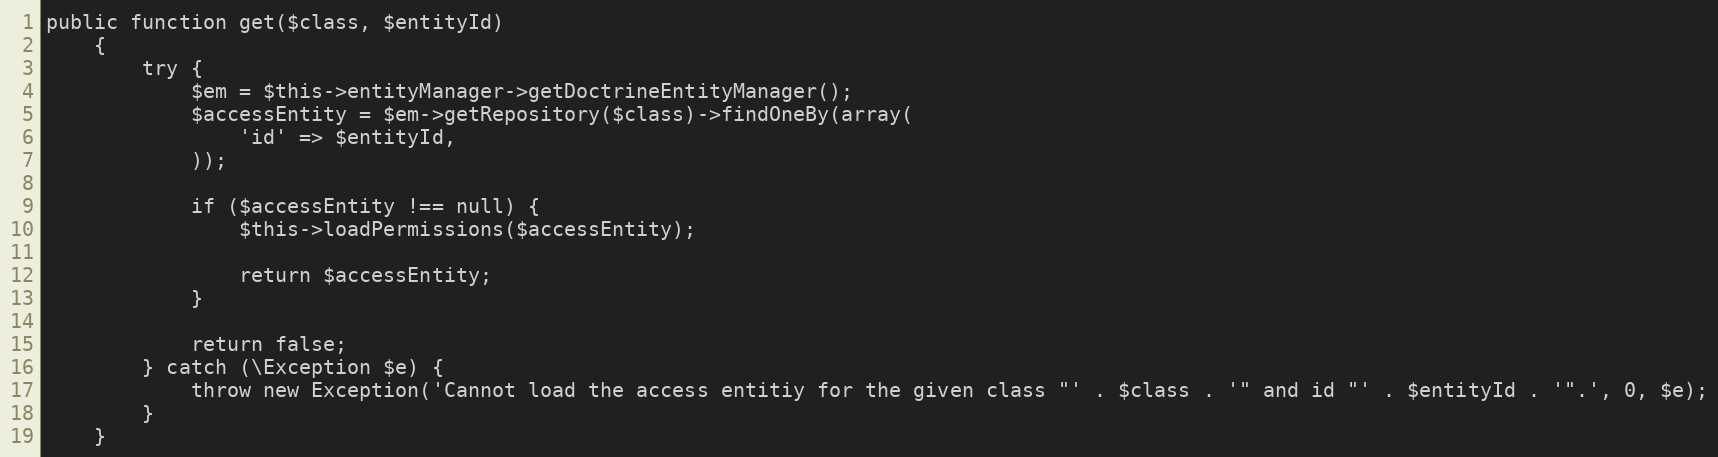
Language: PHP
public function get($class, $entityId)
    {
        try {
            $em = $this->entityManager->getDoctrineEntityManager();
            $accessEntity = $em->getRepository($class)->findOneBy(array(
                'id' => $entityId,
            ));

            if ($accessEntity !== null) {
                $this->loadPermissions($accessEntity);

                return $accessEntity;
            }

            return false;
        } catch (\Exception $e) {
            throw new Exception('Cannot load the access entitiy for the given class "' . $class . '" and id "' . $entityId . '".', 0, $e);
        }
    }